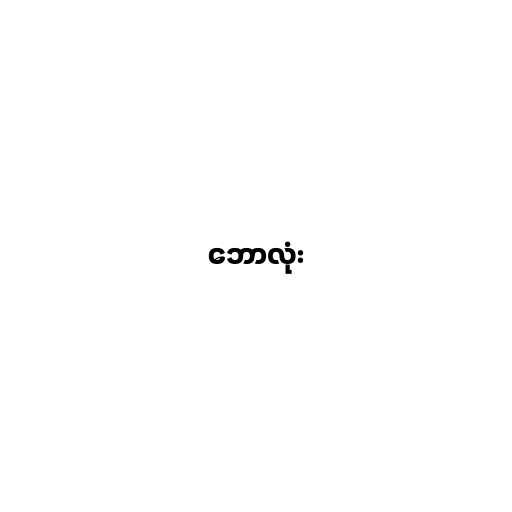
ဘောလုံး